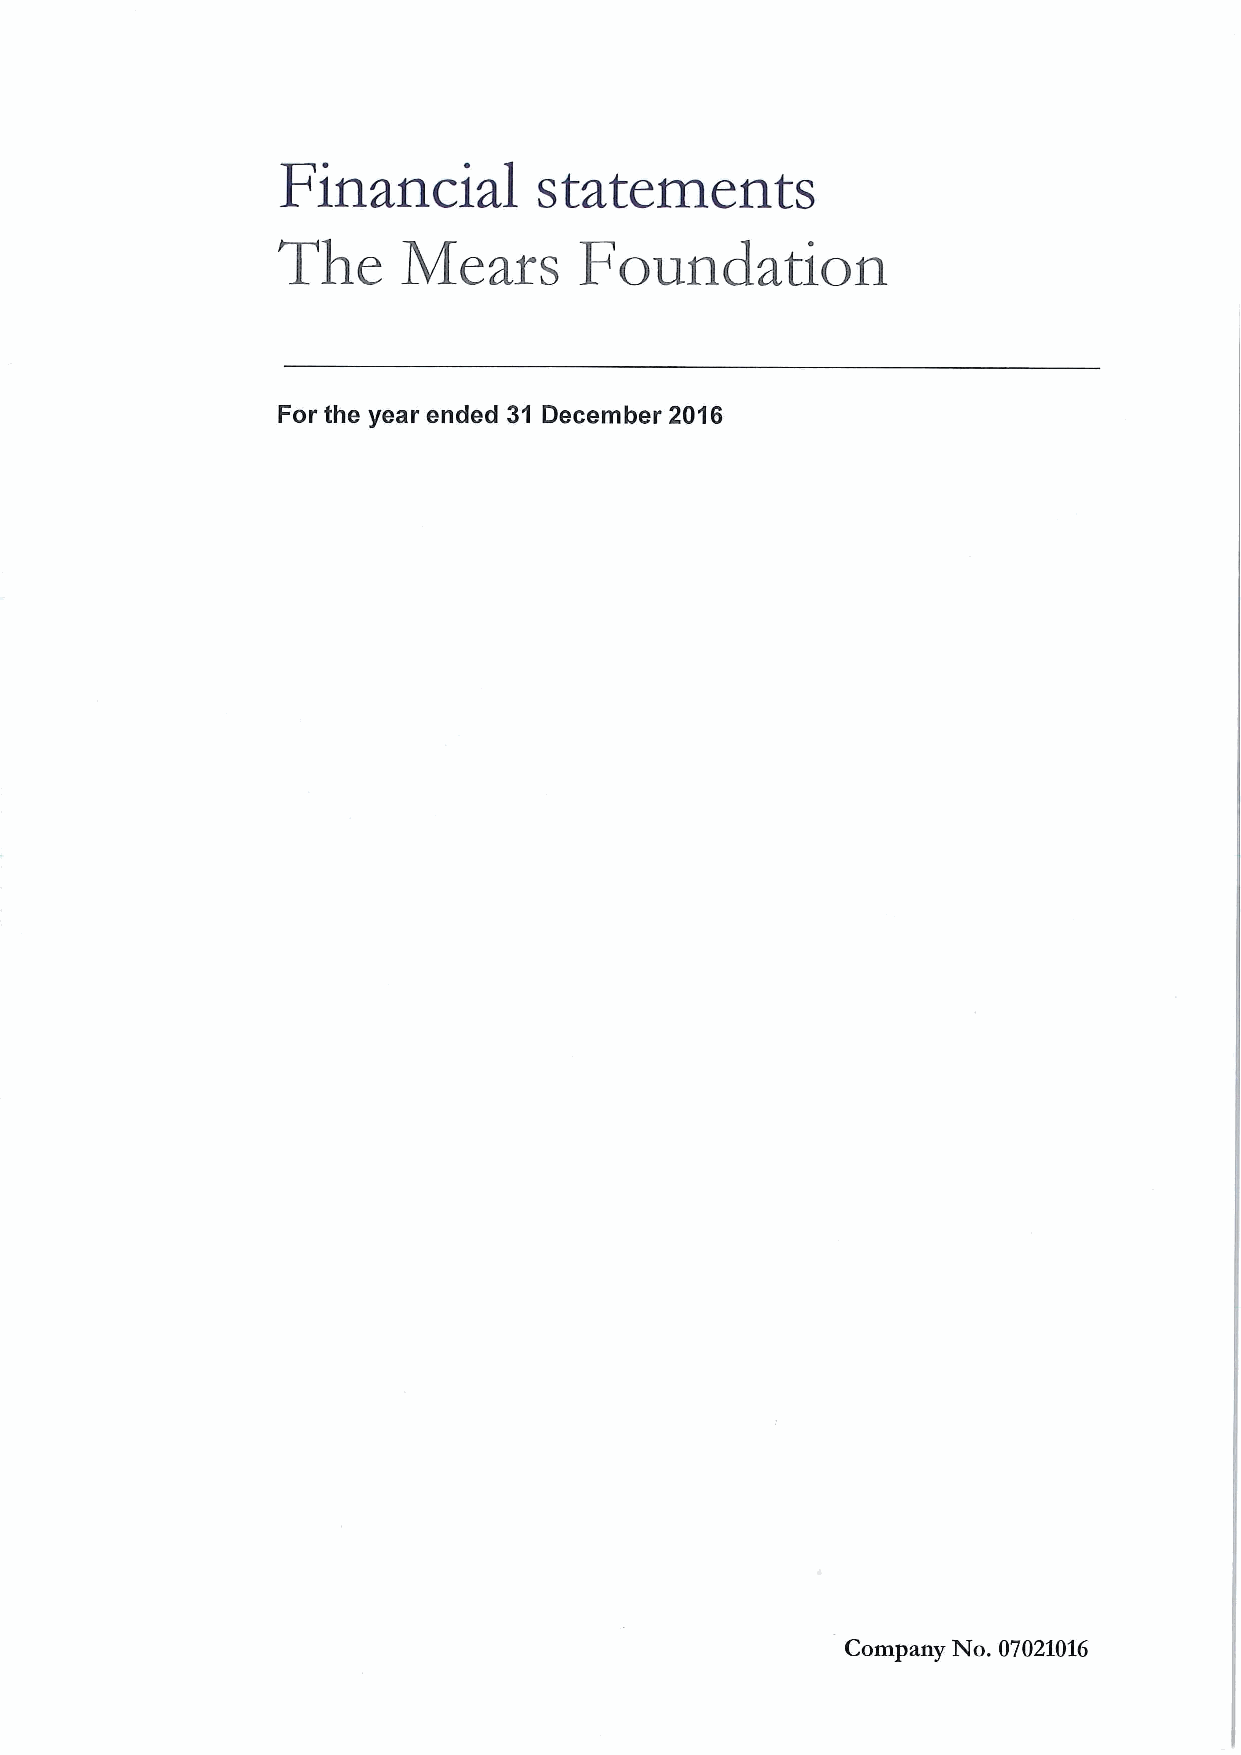
Financial         statements
 The      Meafs      Foundation
 For the year ended 31 December 2016
 Company No. 07021016